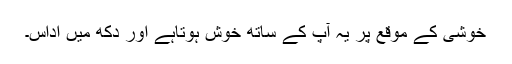
خوشی کے موقع پر یہ آپ کے ساتھ خوش ہوتاہے اور دُکھ میں اُداس۔